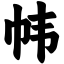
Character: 帏